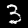
Digit: 3